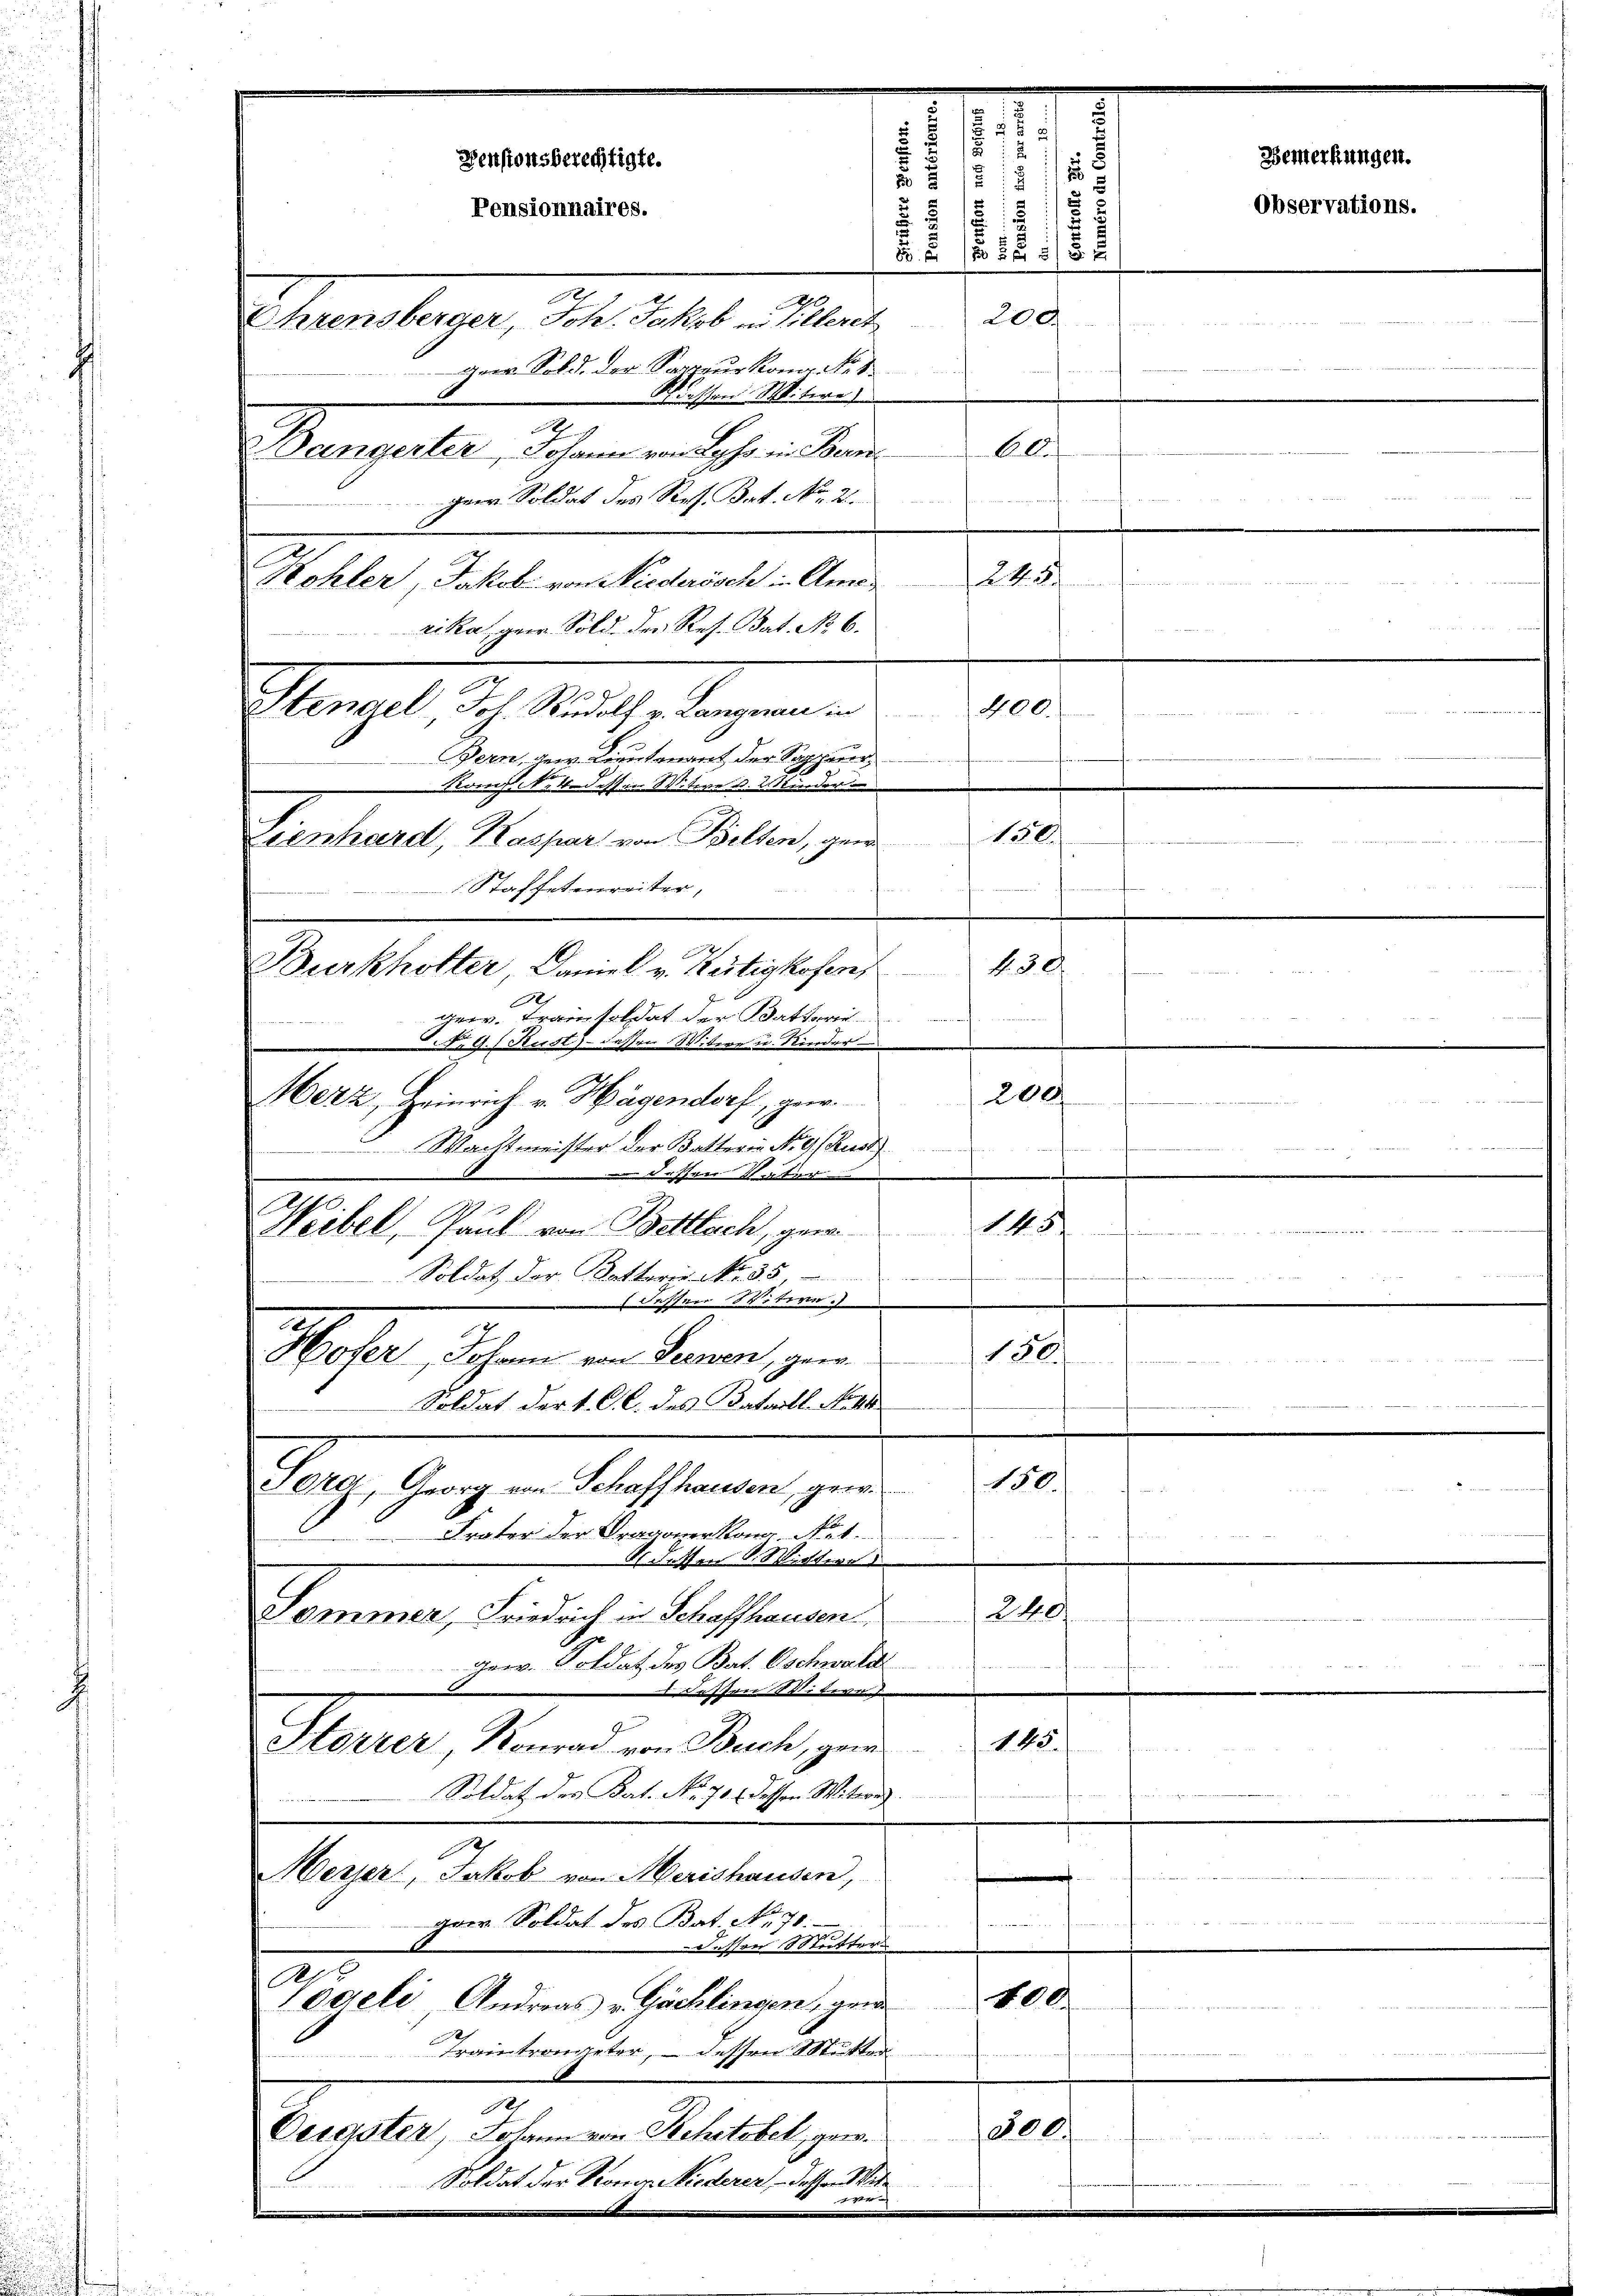
Pensionsberechtigte.
Pensionnaires.
Ehrensberger, Joh. Jakob in Hilleret
ger. Sold. der Sappeur Konr. No. 1
2

Bangerter, Johann von Lyhr in Bere
gem Soldat des Res. Bat. No. 2.
Kohler, Jakob von Niederösch in Ame
rika, gew. Sold der Res. Bat. No 6.
Stengel, Joh. Rudolf v. Langenau in
Bern gew. Lieutenant der Soppauer
Komp. 4 dessen Sitive u. Akinderu
Lienhard, Kaspar von Bilten, gen
Staffetenreiter,
A
gew. Frau soldat der Statterie
.Nr. 9. (Kust) - dessen Witwe u. Kinder
Merz, Heinrich v. Hagendorf, gew.
Wachtmeister der Batter in Nr. 9 (Rust
Fessen Vater
Weibel, Laut von Bettlach, gern 145
Soldat der Battere No. 35
t
 dessen Sitire
Hofer, Johann von Seinen, geer
Soldat der v. CC. des Bataill. Not
150.
Sora Georg von Schaffhausen, geer
Frater der Dragonerkann. Nut
S detten S. Wintere
240
Sommer, Friedrich in Schaffhausen
ger. Soldat des Bat. Oschwald
Fessen Witwete
145.
Storrer, Konrad von Buch, geme
Soldat des Bat. No. 70 f. dessen Witwe.
A
Messer, Jakob von Merishausen,
ger. Soldat des Bat No. 70.

dessen Mutter
400
Vögeli, Andreas u. Gächlingen, gen
Traitronneter, – dessen Mutter
d
200.
Oeigster, Johann von Rehetobel, gew.
Soldat der Kronen Niederen, – dassen Witt
.
e

Burkhotter, Daniel v. Kustizkofen,

7
s
28
.
§ 13
8
i
.
i
  150 f 55 x
Ap
200

wessen Mitere
Clus
e
s
24.
400.
Dieer hie
150.
f

2

u

f. 30.
Rat M
e
200

 .
e
150.

.

n

Observations.

Bemerkungen.